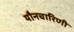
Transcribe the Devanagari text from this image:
यौनचारिणी